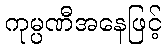
ကုမ္ပဏီအနေဖြင့်